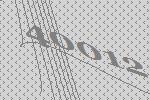
40012